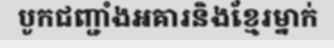
បូកជញ្ជាំងអគារនិងខ្មែរម្នាក់